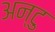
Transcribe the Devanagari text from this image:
अन्टु